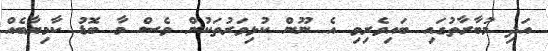
އަދި މުބާރާތުގައި ބައިވެރިވި އެ ނޫން ކުޅިވަރުތަކުން ވެސް މާ ބޮޑު ކާމިޔާބެއް